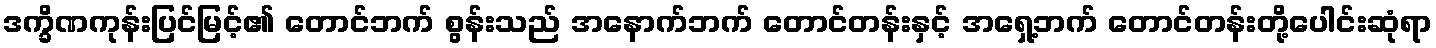
ဒက္ခိဏကုန်းပြင်မြင့်၏ တောင်ဘက် စွန်းသည် အနောက်ဘက် တောင်တန်းနှင့် အရှေ့ဘက် တောင်တန်းတို့ပေါင်းဆုံရာ